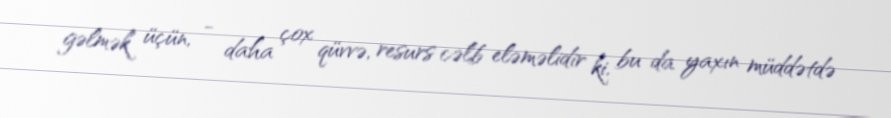
gəlmək üçün, - daha çox qüvvə, resurs cəlb eləməlidir ki, bu da yaxın müddətdə